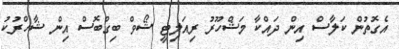
އެގޮތުން ކަލާސް އިން ދައްކާ މަޝްހޫރު ރިއަލިޓީ ޝޯވް ބިގްބޮސް އިން ޝާހްރުކު